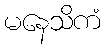
မနေသိကံ